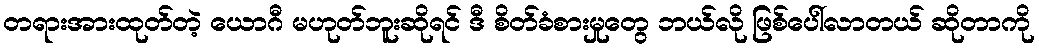
တရားအားထုတ်တဲ့ ယောဂီ မဟုတ်ဘူးဆိုရင် ဒီ စိတ်ခံစားမှုတွေ ဘယ်လို ဖြစ်ပေါ်လာတယ် ဆိုတာကို